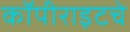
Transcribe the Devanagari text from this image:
कॉपीराइटचे